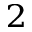
^ 2